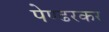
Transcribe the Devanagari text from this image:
पेण्ढरकर